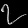
Digit: ၇